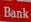
bank